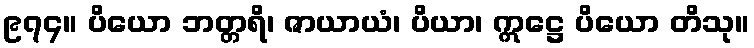
၉၇၄။ ပိယော ဘတ္တရိ၊ ဇာယာယံ၊ ပိယာ၊ ဣဋ္ဌေ ပိယော တိသု။